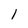
Character: I